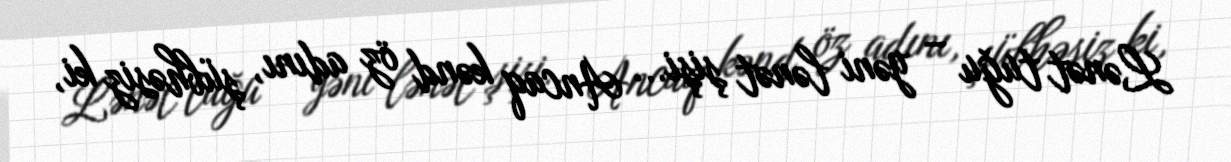
Lənət tuğu – yəni lənət şişi... Ancaq kənd öz adını, şübhəsiz ki,